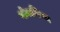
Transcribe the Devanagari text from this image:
गोबानियम